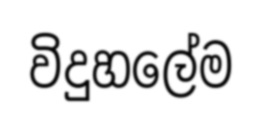
විදුහලේම